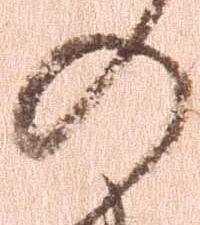
の